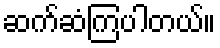
ဆက်ဆံကြပါတယ်။